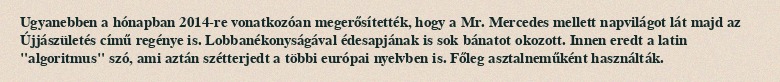
Ugyanebben a hónapban 2014-re vonatkozóan megerősítették, hogy a Mr. Mercedes mellett napvilágot lát majd az Újjászületés című regénye is. Lobbanékonyságával édesapjának is sok bánatot okozott. Innen eredt a latin "algoritmus" szó, ami aztán szétterjedt a többi európai nyelvben is. Főleg asztalneműként használták.